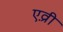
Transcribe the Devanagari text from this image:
एव़्री